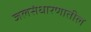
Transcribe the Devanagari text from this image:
जलसंधारणातील